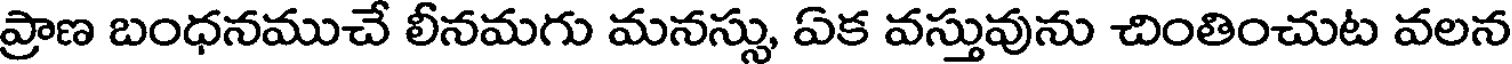
ప్రాణ బంధనముచే లీనమగు మనస్సు, ఏక వస్తువును చింతించుట వలన